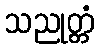
သညုတ္တံ